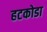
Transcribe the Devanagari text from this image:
हटकोडा